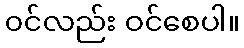
၀င်လည်း ဝင်စေပါ။